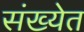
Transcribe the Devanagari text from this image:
संख्‍येत